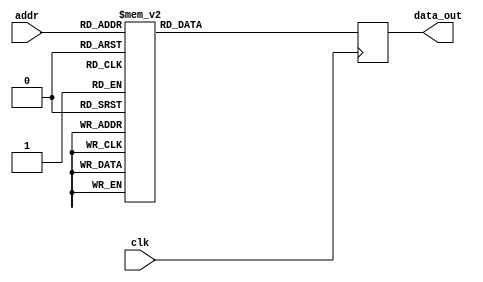
module twiddle_ROM_real_13(
    input wire clk,
    input wire [4:0] addr,
    output reg [15:0] data_out
);

always @(posedge clk) begin
    case(addr)
    
5'b00000: data_out <= 16'h0100 ;
5'b00001: data_out <= 16'h0100 ;
5'b00010: data_out <= 16'h0100 ;
5'b00011: data_out <= 16'h0100 ;
5'b00100: data_out <= 16'h0100 ;
5'b00101: data_out <= 16'h0000 ;
5'b00110: data_out <= 16'h0100 ;
5'b00111: data_out <= 16'h0000 ;
5'b01000: data_out <= 16'h0100 ;
5'b01001: data_out <= 16'h00B5 ;
5'b01010: data_out <= 16'h0000 ;
5'b01011: data_out <= 16'hFF4A ;
5'b01100: data_out <= 16'h0000 ;
5'b01101: data_out <= 16'hFF9E ;
5'b01110: data_out <= 16'hFF4A ;
5'b01111: data_out <= 16'hFF13 ;
5'b10000: data_out <= 16'h00B5 ;
5'b10001: data_out <= 16'h008E ;
5'b10010: data_out <= 16'h0061 ;
5'b10011: data_out <= 16'h0031 ;
5'b10100: data_out <= 16'hFF9E ;
5'b10101: data_out <= 16'hFF87 ;
5'b10110: data_out <= 16'hFF71 ;
5'b10111: data_out <= 16'hFF5D ;
5'b11000: data_out <= 16'hFF2B ;
5'b11001: data_out <= 16'hFF24 ;
5'b11010: data_out <= 16'hFF1E ;
5'b11011: data_out <= 16'hFF18 ;


        default: data_out <= 16'h00000;
    endcase
end

endmodule